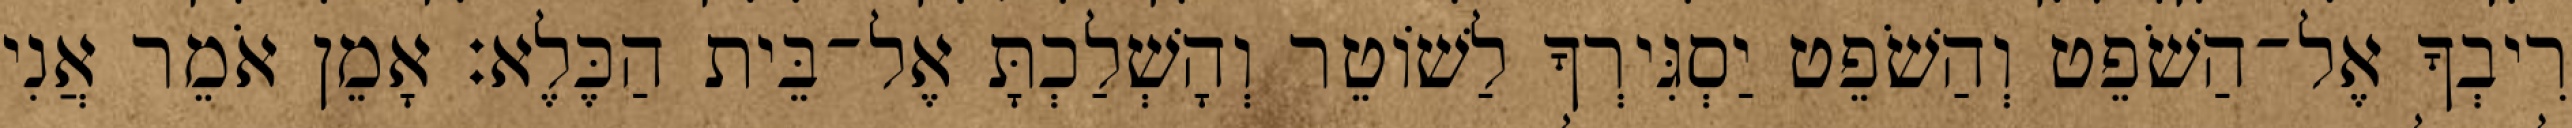
רִיבְךָ אֶל־הַשֹׁפֵט וְהַשֹׁפֵט יַסְגִּירְךָ לַשׁוֹטֵר וְהָשְׁלַכְתָּ אֶל־בֵּית הַכֶּלֶא׃ אָמֵן אֹמֵר אֲנִי